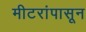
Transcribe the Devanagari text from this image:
मीटरांपासून